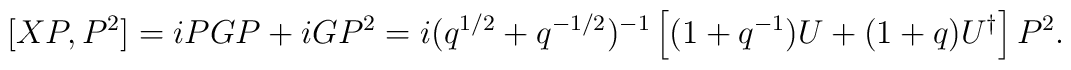
\nonumber[XP,P^2]=iPGP+iGP^2=i(q^{1/2}+q^{-1/2})^{-1}\left[(1+q^{-1})U+(1+q)U^{\dagger}\right]P^2.